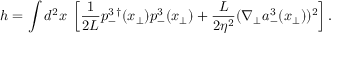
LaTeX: h = \int d ^ { 2 } x \; \left[ \frac { 1 } { 2 L } p _ { - } ^ { 3 \, \dagger } ( { x } _ { \bot } ) p _ { - } ^ { 3 } ( { x } _ { \bot } ) + \frac { L } { 2 \eta ^ { 2 } } ( \nabla _ { \bot } a _ { - } ^ { 3 } ( { x } _ { \bot } ) ) ^ { 2 } \right] .